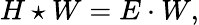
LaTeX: H\star W=E\cdot W,